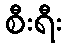
စီးရီး